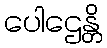
ပေါဌေန္တိ